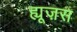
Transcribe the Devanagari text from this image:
ह्यूज़स